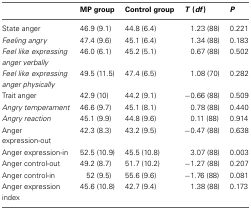
<table><thead><tr><td></td><td><b>MP group</b></td><td><b>Control group</b></td><td><b><i>T</i> (<i>df</i>)</b></td><td><b><i>P</i></b></td></tr></thead><tbody><tr><td>State anger</td><td>46.9 (9.1)</td><td>44.8 (6.4)</td><td>1.23 (88)</td><td>0.221</td></tr><tr><td><i>Feeling angry</i></td><td>47.4 (9.6)</td><td>45.1 (6.4)</td><td>1.34 (88)</td><td>0.183</td></tr><tr><td><i>Feel like expressing anger verbally</i></td><td>46.0 (6.1)</td><td>45.2 (5.1)</td><td>0.67 (88)</td><td>0.502</td></tr><tr><td><i>Feel like expressing anger physically</i></td><td>49.5 (11.5)</td><td>47.4 (6.5)</td><td>1.08 (70)</td><td>0.282</td></tr><tr><td>Trait anger</td><td>42.9 (10)</td><td>44.2 (9.1)</td><td>−0.66 (88)</td><td>0.509</td></tr><tr><td><i>Angry temperament</i></td><td>46.6 (9.7)</td><td>45.1 (8.1)</td><td>0.78 (88)</td><td>0.440</td></tr><tr><td><i>Angry reaction</i></td><td>45.1 (9.9)</td><td>44.8 (9.6)</td><td>0.11 (88)</td><td>0.914</td></tr><tr><td>Anger expression-out</td><td>42.3 (8.3)</td><td>43.2 (9.5)</td><td>−0.47 (88)</td><td>0.638</td></tr><tr><td>Anger expression-in</td><td>52.5 (10.9)</td><td>45.5 (10.8)</td><td>3.07 (88)</td><td>0.003</td></tr><tr><td>Anger control-out</td><td>49.2 (8.7)</td><td>51.7 (10.2)</td><td>−1.27 (88)</td><td>0.207</td></tr><tr><td>Anger control-in</td><td>52 (9.5)</td><td>55.6 (9.6)</td><td>−1.76 (88)</td><td>0.081</td></tr><tr><td>Anger expression index</td><td>45.6 (10.8)</td><td>42.7 (9.4)</td><td>1.38 (88)</td><td>0.173</td></tr></tbody></table>